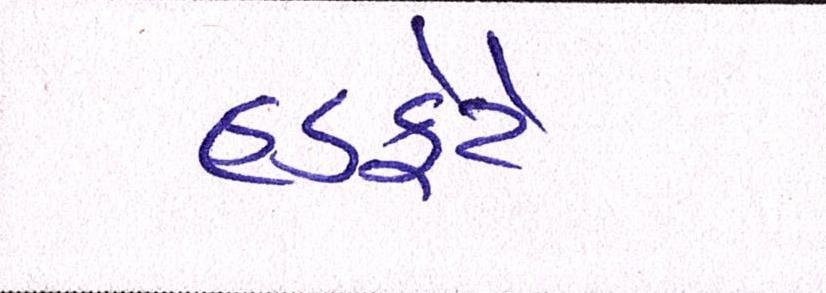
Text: હડફેટે